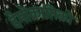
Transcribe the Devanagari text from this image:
देमोक्रातिको